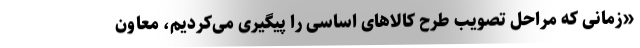
«زمانی که مراحل تصویب طرح کالاهای اساسی را پیگیری می‌کردیم، معاون